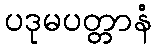
ပဒုမပတ္တာနံ